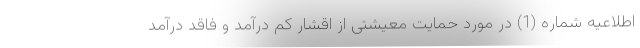
اطلاعیه شماره (1) در مورد حمایت معیشتی از اقشار کم درآمد و فاقد درآمد